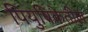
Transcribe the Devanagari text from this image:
पियुषिकेतील